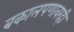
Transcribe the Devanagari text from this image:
बकालपणावरही